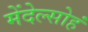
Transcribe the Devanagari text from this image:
मेंदेल्सोहं